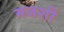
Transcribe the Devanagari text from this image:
मजशीं